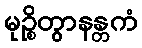
မုဉ္စိတွာနန္တကံ